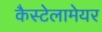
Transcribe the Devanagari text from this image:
कैस्टेलामेयर